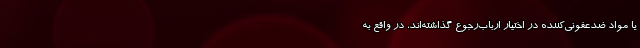
یا مواد ضدعفونی‌کننده در اختیار ارباب‌رجوع گذاشته‌اند، در واقع به